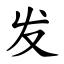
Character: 发